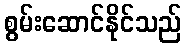
စွမ်းဆောင်နိုင်သည်